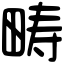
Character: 畴